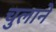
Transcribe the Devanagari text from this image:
चुलाने